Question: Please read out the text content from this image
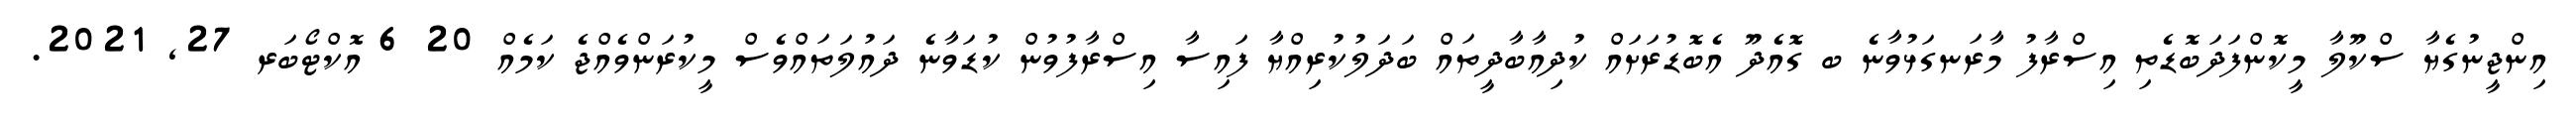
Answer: އިންޖީނުގެޔާ ސްކޫލާ މީކޮންފަދަބޮޑެތި އިސްރާފު މާރަނގަޅުވާނެ ބ ގޮއެދޫ އެބޮޑުރަށައް ކުދިއާބާދީތައް ބަދަލުކުރިއްޔާ ފައިސާ އިސްރާފުވުން ކުޑަވާނެ ދައުލަތައްވެސް މީކުރަންވެއްޖެ ކަމެއް 20 6 އޮކްޓޯބަރ 27, 2021.